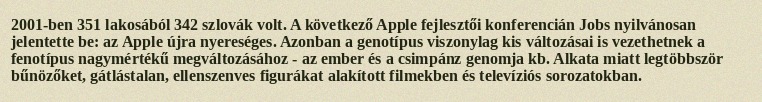
2001-ben 351 lakosából 342 szlovák volt. A következő Apple fejlesztői konferencián Jobs nyilvánosan jelentette be: az Apple újra nyereséges. Azonban a genotípus viszonylag kis változásai is vezethetnek a fenotípus nagymértékű megváltozásához - az ember és a csimpánz genomja kb. Alkata miatt legtöbbször bűnözőket, gátlástalan, ellenszenves figurákat alakított filmekben és televíziós sorozatokban.